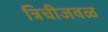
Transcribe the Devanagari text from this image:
त्रिचीजवळ